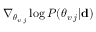
\nabla _ { \boldsymbol { \theta } _ { v \, j } } \log P ( \boldsymbol { \theta } _ { v \, j } | { \bf d } )